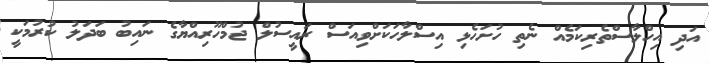
އަދި އިހްލާސްތެރިކަމެއް ނެތި ހުށަހެޅި އިސްލާހަކަށްވިއަސް ރައީސުލް ޖުމްހޫރިއްޔާގެ ނައިބު ބަދަލު ކުރުމަކީ